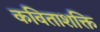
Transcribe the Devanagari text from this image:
कविताशक्ति